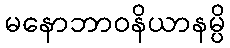
မနောဘာဝနိယာနမ္ပိ